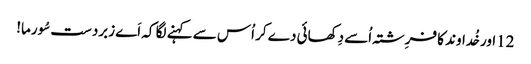
12اور خُداوند کا فرِشتہ اُسے دِکھائی دے کر اُس سے کہنے لگا کہ اَے زبردست سُورما!